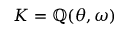
K = \mathbb { Q } ( \theta , \omega )